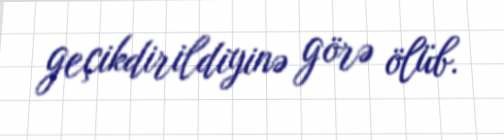
geçikdirildiyinə görə ölüb.